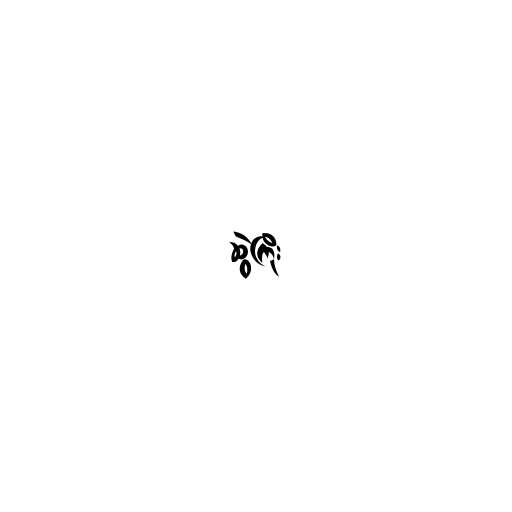
ဆွဲကြိုး